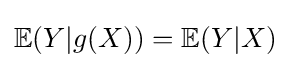
\mathbb {E} (Y|g(X))=\mathbb {E} (Y|X)